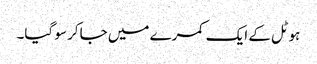
ہوٹل کے ایک کمرے میں جاکر سو گیا۔